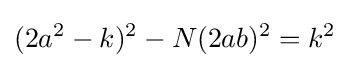
(2a^{2}-k)^{2}-N(2ab)^{2}=k^{2}